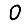
Digit: 0